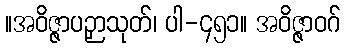
။အဝိဇ္ဇာပဉှာသုတ်၊ ပါ-၄၅၁။ အဝိဇ္ဇာဝဂ်